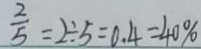
\frac { 2 } { 5 } = 2 \div 5 = 0 . 4 = 4 0 \%